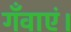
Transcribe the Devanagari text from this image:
गँवाएं।